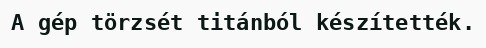
A gép törzsét titánból készítették.